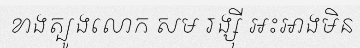
ខាងត្បូងលោក សម រង្ស៊ី អះអាងមិន